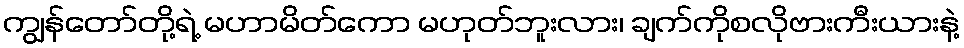
ကျွန်တော်တို့ရဲ့ မဟာမိတ်ကော မဟုတ်ဘူးလား၊ ချက်ကိုစလိုဗားကီးယားနဲ့